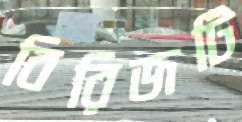
বিরিজটি